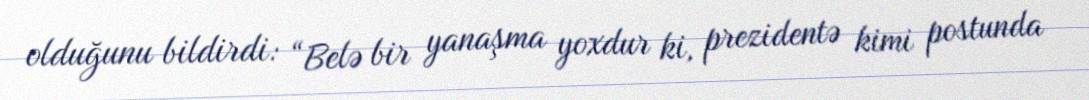
olduğunu bildirdi: “Belə bir yanaşma yoxdur ki, prezidentə kimi postunda